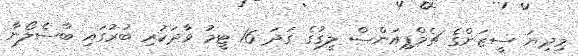
މިދިޔަ ސީޒަންގެ ޗެމްޕިއަންސް ލީގުގެ ގަދަ 16 ޓީމު ވާދަކުރި ބުރުގައި ބާސެލޯނާ